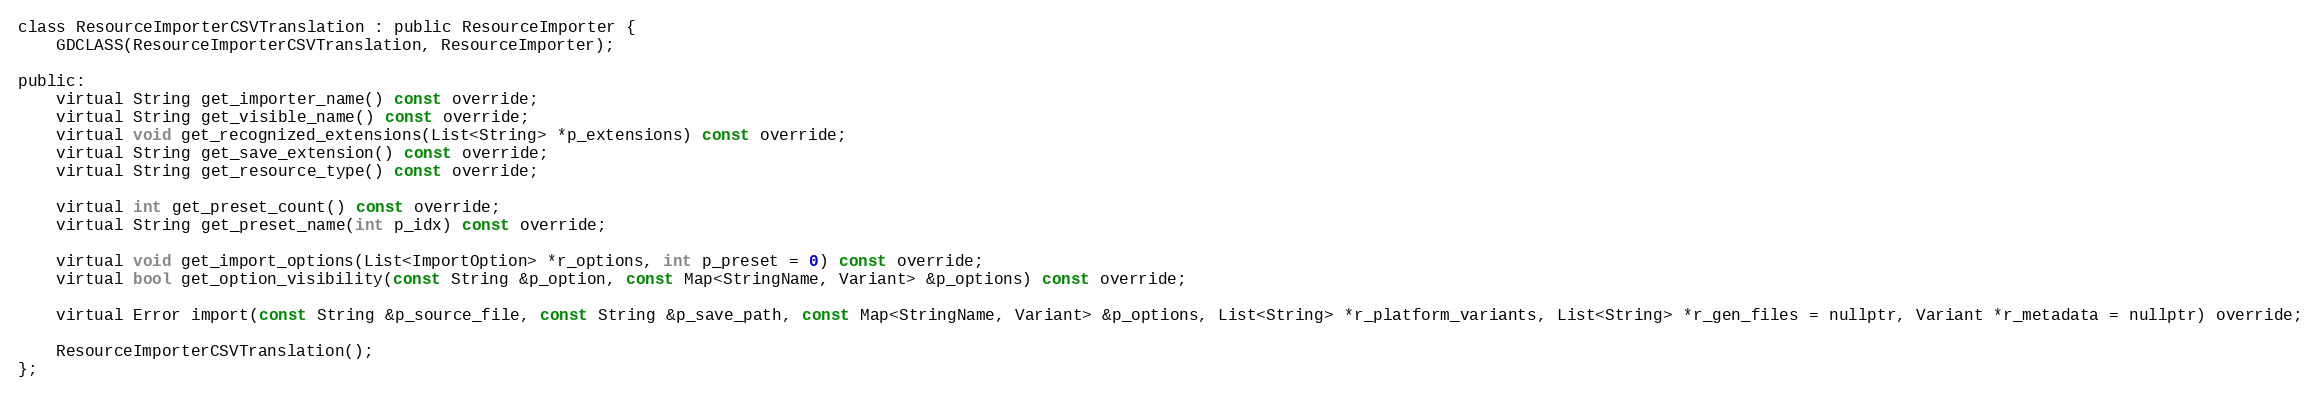
Language: C
class ResourceImporterCSVTranslation : public ResourceImporter {
	GDCLASS(ResourceImporterCSVTranslation, ResourceImporter);

public:
	virtual String get_importer_name() const override;
	virtual String get_visible_name() const override;
	virtual void get_recognized_extensions(List<String> *p_extensions) const override;
	virtual String get_save_extension() const override;
	virtual String get_resource_type() const override;

	virtual int get_preset_count() const override;
	virtual String get_preset_name(int p_idx) const override;

	virtual void get_import_options(List<ImportOption> *r_options, int p_preset = 0) const override;
	virtual bool get_option_visibility(const String &p_option, const Map<StringName, Variant> &p_options) const override;

	virtual Error import(const String &p_source_file, const String &p_save_path, const Map<StringName, Variant> &p_options, List<String> *r_platform_variants, List<String> *r_gen_files = nullptr, Variant *r_metadata = nullptr) override;

	ResourceImporterCSVTranslation();
};